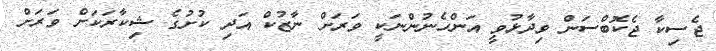
ޖެސިކާ ޖެކޮބްސަން ވިދާޅުވީ އަންހެނުންނަކީ ވަރަށް ނާޒުކް އަދި ކުށުގެ ޝިކާރަކަށް ވަރަށް